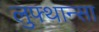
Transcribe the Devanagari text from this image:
लुफ्थान्सा